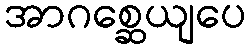
အာဂစ္ဆေယျပေ